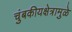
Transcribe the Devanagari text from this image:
चुंबकीयक्षेत्रामुळे